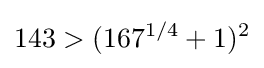
143>(167^{1/4}+1)^{2}